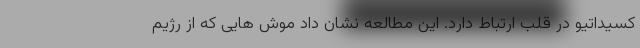
کسیداتیو در قلب ارتباط دارد. این مطالعه نشان داد موش هایی که از رژیم